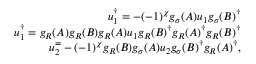
\begin{array} { r } { u _ { 1 } ^ { \dagger } = - ( - 1 ) ^ { \chi } g _ { \sigma } ( A ) u _ { 1 } g _ { \sigma } ( B ) ^ { \dagger } } \\ { u _ { 1 } ^ { \dagger } = g _ { R } ( A ) g _ { R } ( B ) g _ { R } ( A ) u _ { 1 } g _ { R } ( B ) ^ { \dagger } g _ { R } ( A ) ^ { \dagger } g _ { R } ( B ) ^ { \dagger } } \\ { u _ { 2 } ^ { = } - ( - 1 ) ^ { \chi } g _ { R } ( B ) g _ { \sigma } ( A ) u _ { 2 } g _ { \sigma } ( B ) ^ { \dagger } g _ { R } ( A ) ^ { \dagger } , } \end{array}